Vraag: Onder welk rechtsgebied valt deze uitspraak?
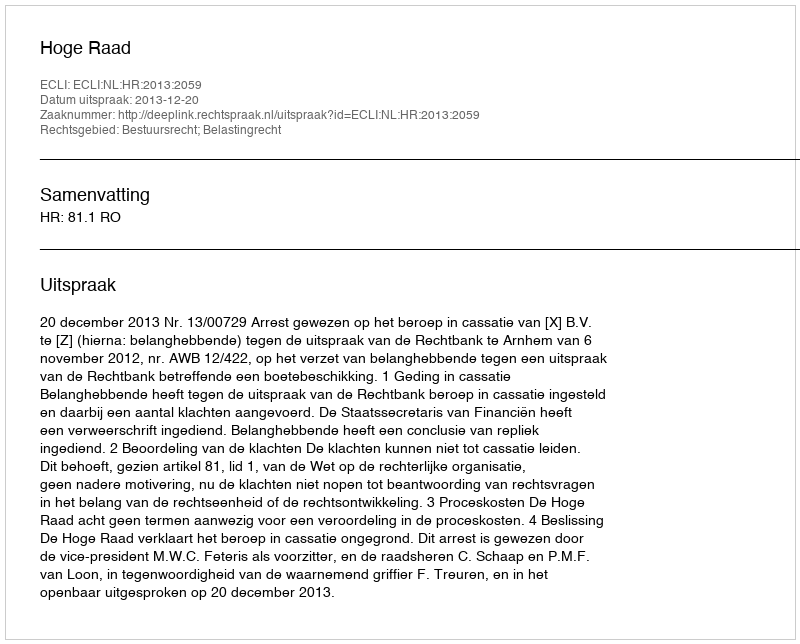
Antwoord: Bestuursrecht; Belastingrecht